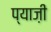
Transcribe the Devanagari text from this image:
प्याज़ी